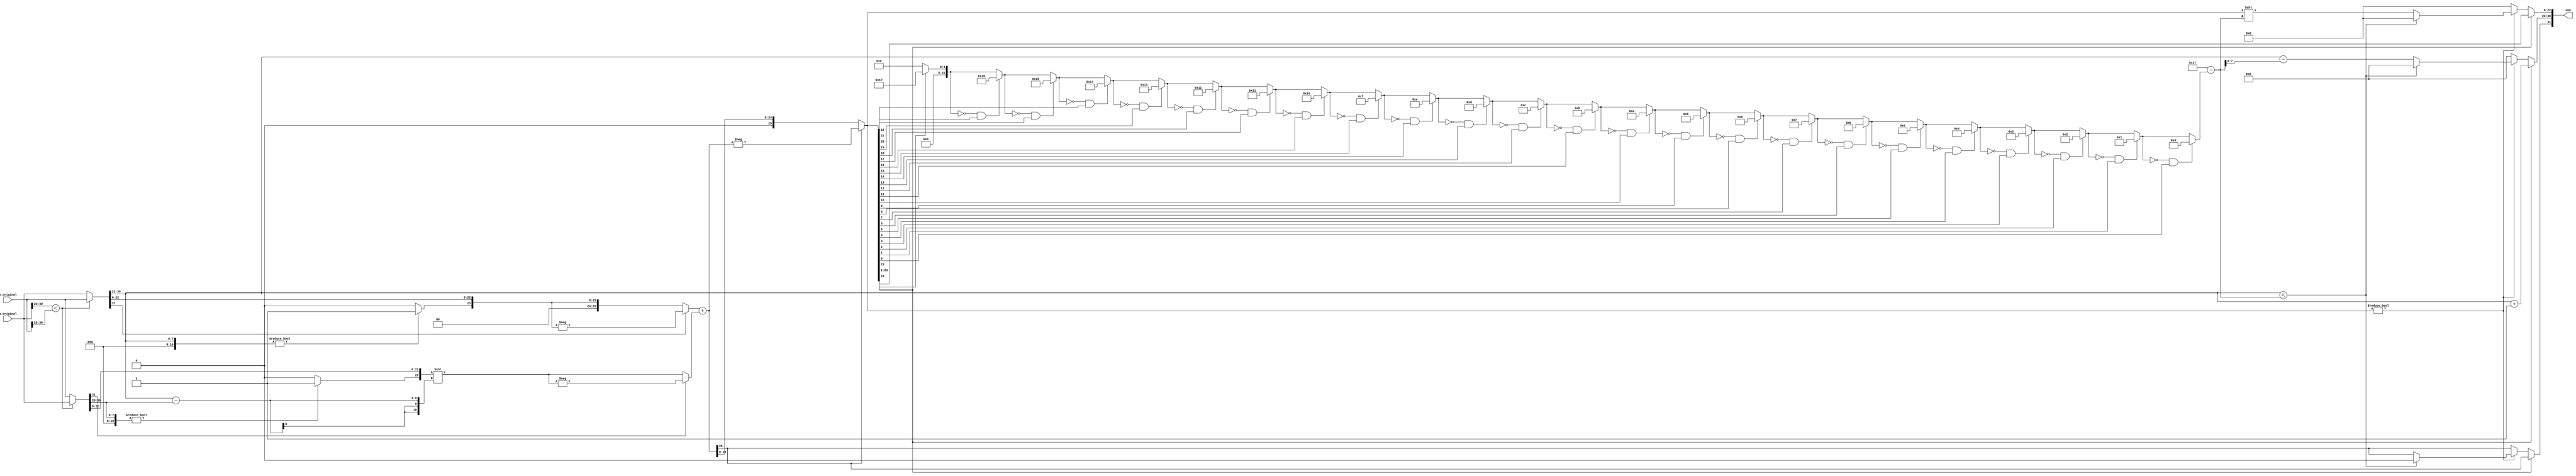
module FP_Addition (a_original,b_original,sum);
   input [31:0] a_original, b_original;
   output [31:0] sum;

   reg           sumneg;// sumnegation 
   reg [7:0]    sumexp;// 
   reg [25:0]    sumsig;
   assign        sum[31]    = sumneg;
   assign        sum[30:23] = sumexp;
   assign        sum[22:0]  = sumsig;

   reg [31:0]    a, b;
   reg [25:0]    asig, bsig;
   reg [10:0]    aexp, bexp;
   reg           aneg, bneg;
   reg [10:0]    diff;

   always @( a_original or b_original )
     begin

        /// Compute IEEE 725 Double Floating-Point Sum in Seven Easy Steps
        //  Note: Rounding and sub-normals not handled properly.

        /// Step 1: Copy inputs to a and b so that a's exponent not smaller than b's.
        //
        if ( a_original[30:23] < b_original[30:23] ) 
		begin

           a = b_original;  b = a_original;

        end else begin

           a = a_original;  b = b_original;

        end

        /// Step 2: Break operand into sign (neg), exponent, and significand.
        //
        aneg = a[31];     bneg = b[31];
        aexp = a[30:23];  bexp = b[30:23];
        // Put a 0 in bits 53 and 25 (later used for sign).
        // Put a 1 in bit 52 of significand if exponent is non-zero.
        // Copy significand into remaining bits.
        asig = { 2'b0,    aexp ? 1'b1 : 1'b0,    a[22:0] };
        bsig = { 2'b0, bexp ? 1'b1 : 1'b0, b[22:0] };

        /// Step 3: Un-normalize b so that aexp == bexp.
        //
        diff = aexp - bexp;
        bsig = bsig >> diff;
        //
        // Note: bexp no longer used. If it were would need to set bexp = aexp;

        /// Step 4: If necessary, negate significands.
        //
        if ( aneg ) asig = -asig;
        if ( bneg ) bsig = -bsig;

        /// Step 5: Compute sum.
        //
        sumsig = asig + bsig;

        /// Step 6: Take absolute value of sum.
        //
        sumneg = sumsig[25];
        if ( sumneg ) sumsig = -sumsig;

        /// Step 7: Normalize sum. (Three cases.)
        //
        if ( sumsig[24] ) begin
           //
           // Case 1: Sum overflow.
           //         Right shift significand and increment exponent.

           sumexp = aexp + 1;
           sumsig = sumsig >> 1;

        end else if ( sumsig ) begin:A
           //
           // Case 2: Sum is nonzero and did not overflow.
           //         Normalize. (See cases 2a and 2b.)

           integer pos, adj, i;

           // Find position of first non-zero digit.
           pos = 0;
           for (i = 23; i >= 0; i = i - 1 ) if ( !pos && sumsig[i] ) pos = i;

           // Compute amount to shift significand and reduce exponent.
           adj = 23 - pos;
           if ( aexp < adj ) begin
              //
              // Case 2a:
              //   Exponent too small, floating point underflow, set to zero.

              sumexp = 0;
              sumsig = 0;
              sumneg = 0;

           end else begin
              //
              // Case 2b: Adjust significand and exponent.

              sumexp = aexp - adj;
              sumsig = sumsig << adj;

           end

        end else begin
           //
           // Case 3: Sum is zero.

           sumexp = 0;
           sumsig = 0;

        end

     end
endmodule